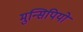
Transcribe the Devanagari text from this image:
मुन्सिपियो